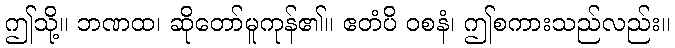
ဤသို့။ ဘဏထ၊ ဆိုတော်မူကုန်၏။ ဧတံပိ ဝစနံ၊ ဤစကားသည်လည်း။